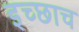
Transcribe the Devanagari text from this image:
इच्छाच